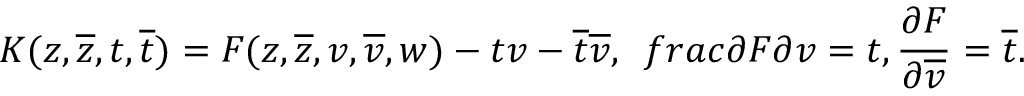
K ( z , \overline { { { z } } } , t , \overline { { { t } } } ) = F ( z , \overline { { { z } } } , v , \overline { { { v } } } , w ) - t v - \overline { { { t } } } \overline { { { v } } } , \ \, f r a c { \partial F } { \partial v } = t , \frac { \partial F } { \partial \overline { { { v } } } } = \overline { { { t } } } .